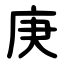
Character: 庚